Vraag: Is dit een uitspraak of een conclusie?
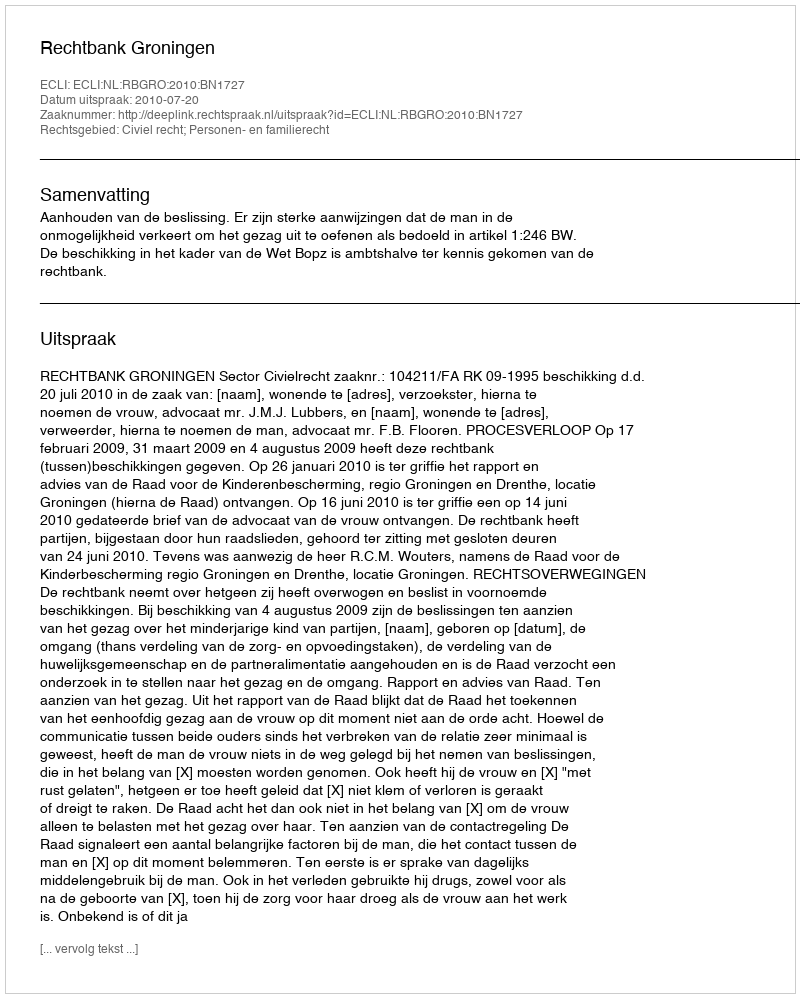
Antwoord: Uitspraak